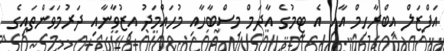
އަފްޒަލް އިބްރާހިމް އާއި އެ ޓީމުގެ އާދަމް މިސްބާހާއި މުހައްމަދު އިޒުވާނާއި ދަރުމަވަންތައިގެ